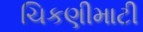
ચિકણીમાટી